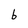
Character: b